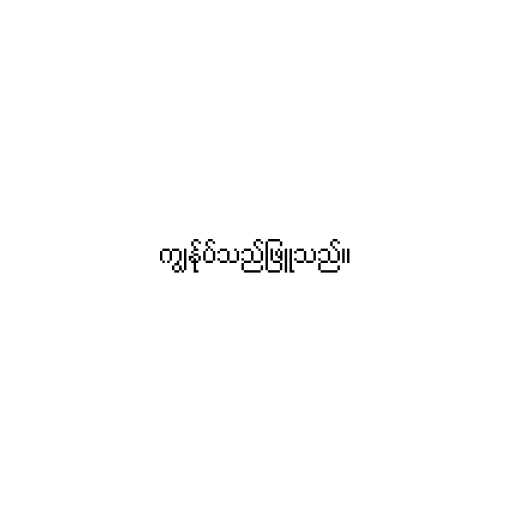
ကျွန်ုပ်သည်ဖြူသည်။